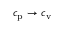
c _ { \mathrm { p } } \rightarrow c _ { \mathrm { v } }